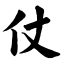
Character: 仗